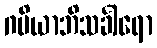
ဂမိယာဘိသင်္ခါရော